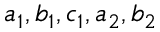
a _ { 1 } , b _ { 1 } , c _ { 1 } , a _ { 2 } , b _ { 2 }